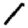
Digit: 1